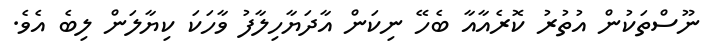
ނޫސްތަކުން އުތުރު ކޮރެއާއާ ބެހޭ ނިކަން އާދަޔާހިލާފު ވާހަކަ ކިޔާލަން ލިބެ އެވެ.